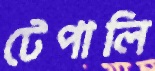
টেপালি